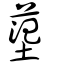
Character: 𡎊